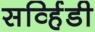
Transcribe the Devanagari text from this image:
सर्व्हिडी